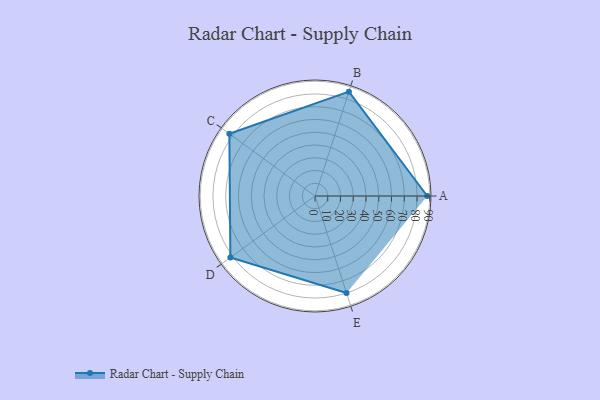
{"axis": {"x": "Skill", "y": "Score"}, "legend": ["Profile"], "data": [{"x": "A", "y": 88.0, "type": "Profile"}, {"x": "B", "y": 86.0, "type": "Profile"}, {"x": "C", "y": 83.0, "type": "Profile"}, {"x": "D", "y": 82.0, "type": "Profile"}, {"x": "E", "y": 80.0, "type": "Profile"}]}